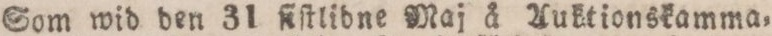
Som wid den 31 ſiſtlidne Maj å Auktionskamma,